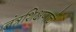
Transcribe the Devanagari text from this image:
तंत्रशिक्षणाची